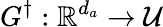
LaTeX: G^{\dagger}:\mathbb{R}^{d_{a}}\rightarrow\mathcal{U}